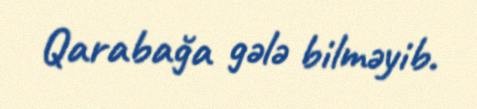
Qarabağa gələ bilməyib.